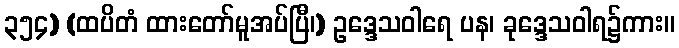
၃၅၄) (ထပိတံ ထားတော်မူအပ်ပြီ၊) ဥဒ္ဒေသဝါရေ ပန၊ ခုဒ္ဒေသဝါရ၌ကား။